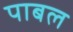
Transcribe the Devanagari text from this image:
पाबल